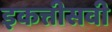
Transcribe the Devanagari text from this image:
इकत्तीसवी